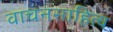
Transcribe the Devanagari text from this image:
वाचनसाहित्य